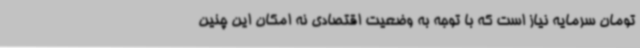
تومان سرمایه نیاز است که با توجه به وضعیت اقتصادی نه امکان این چنین